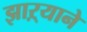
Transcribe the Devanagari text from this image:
झाऱ्याने